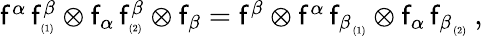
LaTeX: \begin{array}{r}{{\sf f}^{\alpha}\, {\sf f}_{\textrm{\tiny(1)}}^{\beta}\otimes{\sf f}_{\alpha}\, {\sf f}_{\textrm{\tiny(2)}}^{\beta}\otimes{\sf f}_{\beta}={\sf f}^{\beta}\otimes{\sf f}^{\alpha}\, {{\sf f}_{\beta}}_{\textrm{\tiny(1)}}\otimes{\sf f}_{\alpha}\, {{\sf f}_{\beta}}_{\textrm{\tiny(2)}}\ ,}\end{array}